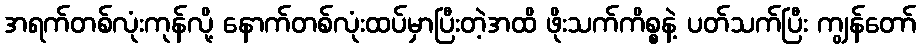
အရက်တစ်လုံးကုန်လို့ နောက်တစ်လုံးထပ်မှာပြီးတဲ့အထိ ဖိုးသက်ကိစ္စနဲ့ ပတ်သက်ပြီး ကျွန်တော်